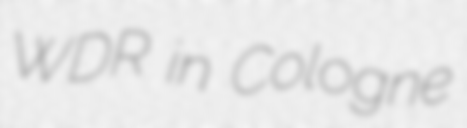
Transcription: WDR in Cologne